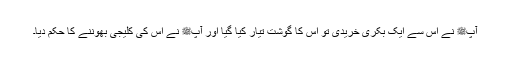
آپﷺ نے اس سے ایک بکری خریدی تو اس کا گوشت تیار کیا گیا اور آپﷺ نے اس کی کلیجی بھوننے کا حکم دیا۔